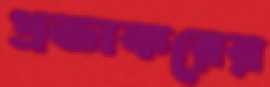
প্রভাকরের